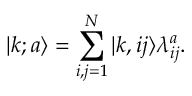
| k ; a \rangle = \sum _ { i , j = 1 } ^ { N } | k , i j \rangle \lambda _ { i j } ^ { a } .